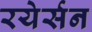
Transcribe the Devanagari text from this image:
रयेर्सन